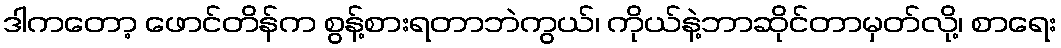
ဒါကတော့ ဖောင်တိန်က စွန့်စားရတာဘဲကွယ်၊ ကိုယ်နဲ့ဘာဆိုင်တာမှတ်လို့၊ စာရေး